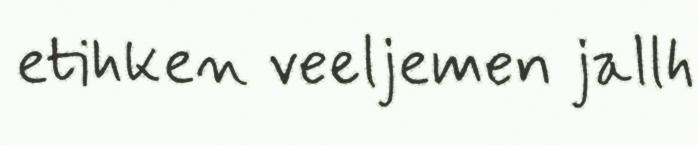
etihken veeljemen jallh